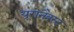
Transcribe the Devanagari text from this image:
यूरोनैक्स्ट